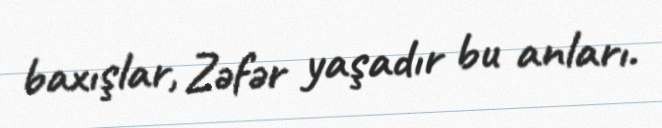
baxışlar, Zəfər yaşadır bu anları.